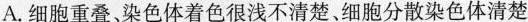
A.细胞重叠、染色体着色很浅不清楚。细胞分散染色体清楚